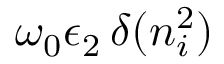
\omega _ { 0 } \epsilon _ { 2 } \, \delta ( n _ { i } ^ { 2 } )